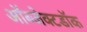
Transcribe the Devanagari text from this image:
ऑब्जेक्टडॉक